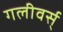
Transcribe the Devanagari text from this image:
गलीवर्स्